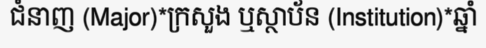
ជំនាញ (Major)*ក្រសួង ឬស្ថាប័ន (Institution)*ឆ្នាំ